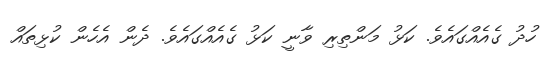
ހުދު ގެއެއްގައެވެ. ކަޅު މަންތިރި ވާނީ ކަޅު ގެއެއްގައެވެ. ދެން އެހެން ކުޅިތައް